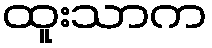
ထူးသာက